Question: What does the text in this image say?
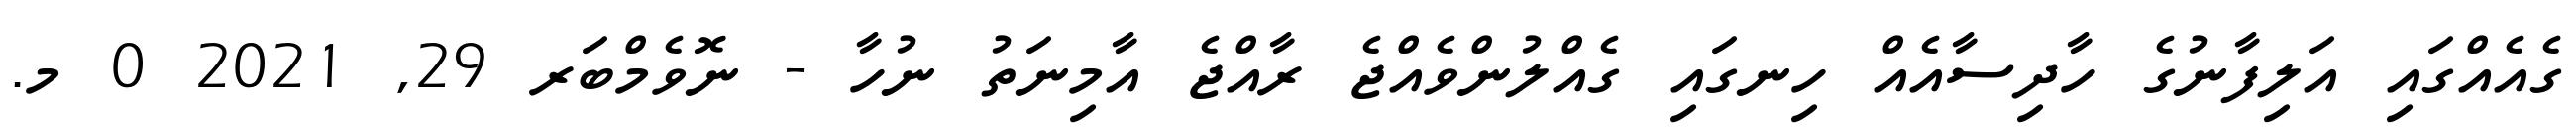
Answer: ގެއެއްގައި އަލިފާނުގެ ހާދިސާއެއް ހިނގައި ގެއްލުންވެއްޖެ ރާއްޖެ އާމިނަތު ނުހާ - ނޮވެމްބަރ 29, 2021 0 މ.